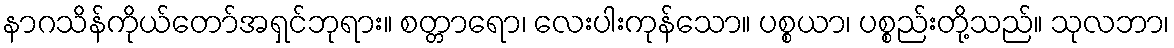
နာဂသိန်ကိုယ်တော်အရှင်ဘုရား။ စတ္တာရော၊ လေးပါးကုန်သော။ ပစ္စယာ၊ ပစ္စည်းတို့သည်။ သုလဘာ၊